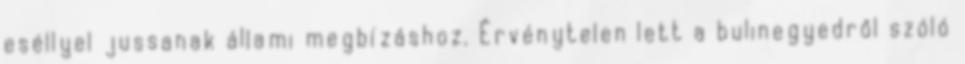
eséllyel jussanak állami megbízáshoz. Érvénytelen lett a bulinegyedről szóló